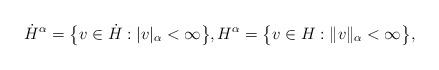
LaTeX: \begin{align*}\dot{H}^\alpha=\big\{v\in \dot{H}: |v|_\alpha<\infty\big\},H^\alpha=\big\{v\in H: \|v\|_\alpha<\infty\big\},\end{align*}